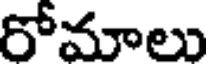
రోమాలు